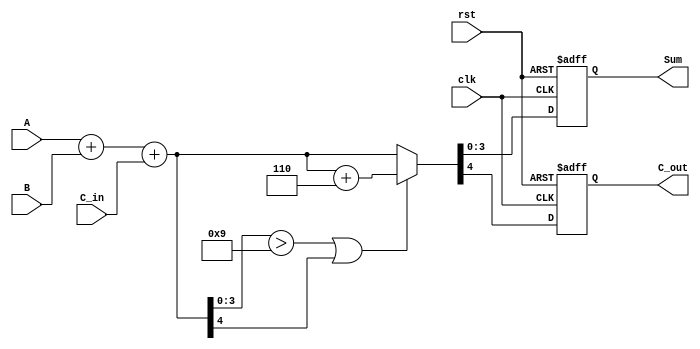
module BCD_Synchronous_Adder (
    input wire [3:0] A,         // 4-bit BCD input A
    input wire [3:0] B,         // 4-bit BCD input B
    input wire C_in,            // Carry input
    input wire clk,             // Clock input
    input wire rst,             // Reset input
    output reg [3:0] Sum,       // 4-bit BCD output Sum
    output reg C_out            // Carry output
);

// Internal signals
reg [4:0] Full_Sum;            // 5-bit full sum to accommodate overflow
reg [4:0] Adjusted_Sum;        // 5-bit adjusted sum after correction

always @(posedge clk or posedge rst) begin
    if (rst) begin
        Sum <= 4'b0000;         // Reset Sum to 0
        C_out <= 1'b0;         // Reset Carry Out to 0
    end else begin
        // Step 1: Compute the Full Sum
        Full_Sum = A + B + C_in; // 5-bit result of A + B + C_in
        
        // Step 2: Check for BCD correction
        if (Full_Sum[3:0] > 4'b1001 || Full_Sum[4] == 1) begin
            // Correction needed
            Adjusted_Sum = Full_Sum + 5'b00110; // Add 6 in binary (0110)
        end else begin
            Adjusted_Sum = Full_Sum; // No correction needed
        end
        
        // Step 3: Assign results to output
        Sum <= Adjusted_Sum[3:0]; // Lower 4 bits as the BCD Sum
        C_out <= Adjusted_Sum[4]; // Carry out from the 5-bit result
    end
end

endmodule